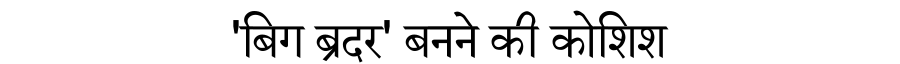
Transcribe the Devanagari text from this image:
'बिग ब्रदर' बनने की कोशिश